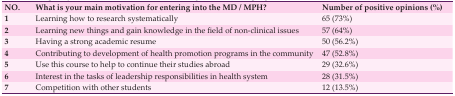
| NO. | What is your main motivation for entering into the MD / MPH? | Number of positive opinions (%) |
 | --- | --- | --- |
 | 1 | Learning how to research systematically | 65(73%) |
 | 2 | Learning new things and gain knowledge in the field of non-clinical issues | 57(64%) |
 | 3 | Having a strong academic resume | 50(56.2%) |
 | 4 | Contributing to development of health promotion programs in the community | 47(52.8%) |
 | 5 | Use this course to help to continue their studies abroad | 29(32.6%) |
 | 6 | Interest in the tasks of leadership responsibilities in health system | 28(31.5%) |
 | 7 | Competition with other students | 12(13.5%) |